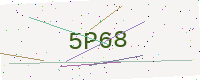
Text: 5P68